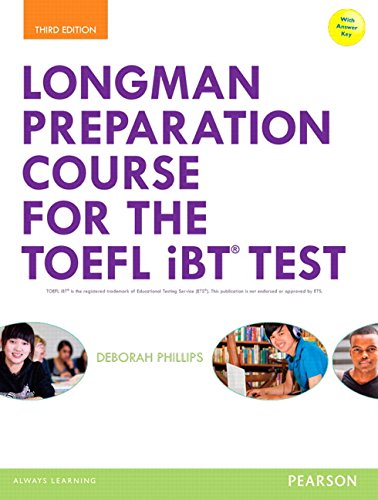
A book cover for Longman Preparation Course for the TOEFLÂ® iBT Test, with MyEnglishLab and online access to MP3 files and online Answer Key (3rd Edition) (Longman Preparation Course for the Toefl With Answer Key); Deborah Phillips; Test Preparation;